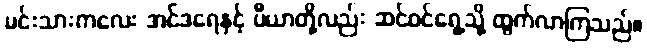
မင်းသားကလေး အင်ဒရေနှင့် ပီယာတို့လည်း ဆင်ဝင်ရှေ့သို့ ထွက်လာကြသည်။